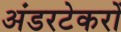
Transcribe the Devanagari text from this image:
अंडरटेकरों